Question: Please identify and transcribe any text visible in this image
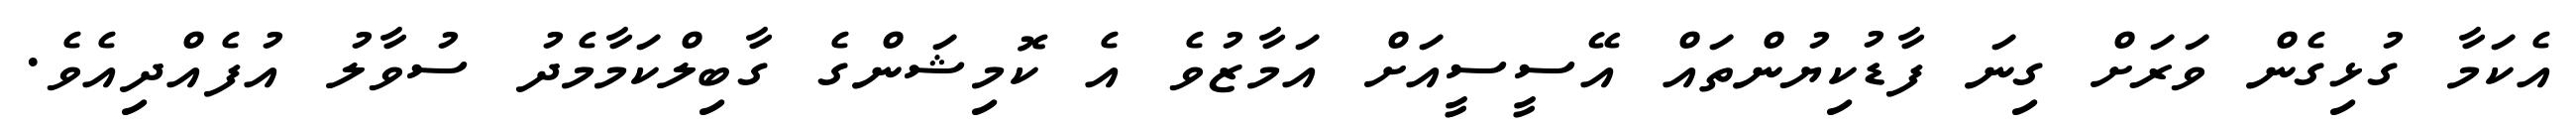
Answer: އެކަމާ ގުޅިގެން ވަރަށް ގިނަ ފާޑުކިޔުންތައް އޭސީސީއަށް އަމާޒުވެ އެ ކޮމިޝަންގެ ގާބިލްކަމާމެދު ސުވާލު އުފެއްދިއެވެ.